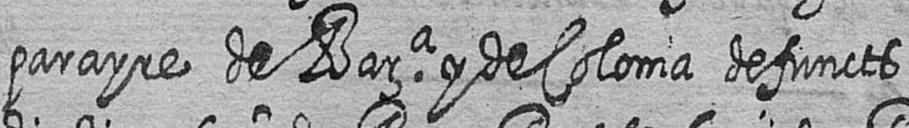
parayre de Bara y de Coloma defuncts